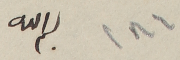
١٨٦		بسم الله